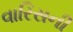
વારિસની